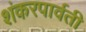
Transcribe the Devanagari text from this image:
शंकरपार्वती